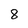
Character: 8